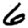
Digit: 6